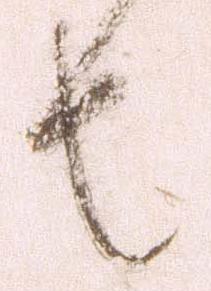
者